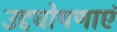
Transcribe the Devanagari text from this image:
उद्दघोषणाएं